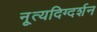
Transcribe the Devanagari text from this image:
नृ्त्यदिग्दर्शन